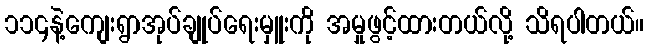
၁၁၄နဲ့ကျေးရွာအုပ်ချုပ်ရေးမှူးကို အမှုဖွင့်ထားတယ်လို့ သိရပါတယ်။